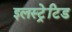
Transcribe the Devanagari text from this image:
इलस्ट्रेटिड